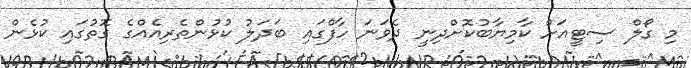
މި ގޯލް ސިޓީއަށް ކާމިޔާބުކޮށްދިނީ ދެވަނަ ހާފްގައި ބަދަލު ކުޅުންތެރިއެއްގެ ގޮތުގައި ކުޅެން